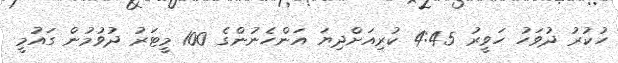
ހުކުރު ދުވަހު ހަވީރު 4:45 ކުރިއަށްދިޔަ އަންހެނުންގެ 100 މީޓަރު ދުވުމުން ގައުމީ